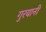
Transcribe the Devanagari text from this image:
गुरयानी